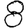
Digit: 8